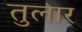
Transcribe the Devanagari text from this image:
तुलार